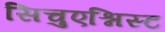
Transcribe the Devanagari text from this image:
सिचुएश्निस्ट